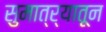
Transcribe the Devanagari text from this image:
सुमात्र्यातून